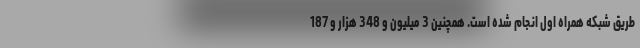
طریق شبکه همراه اول انجام شده است. همچنین 3 میلیون و 348 هزار و 187